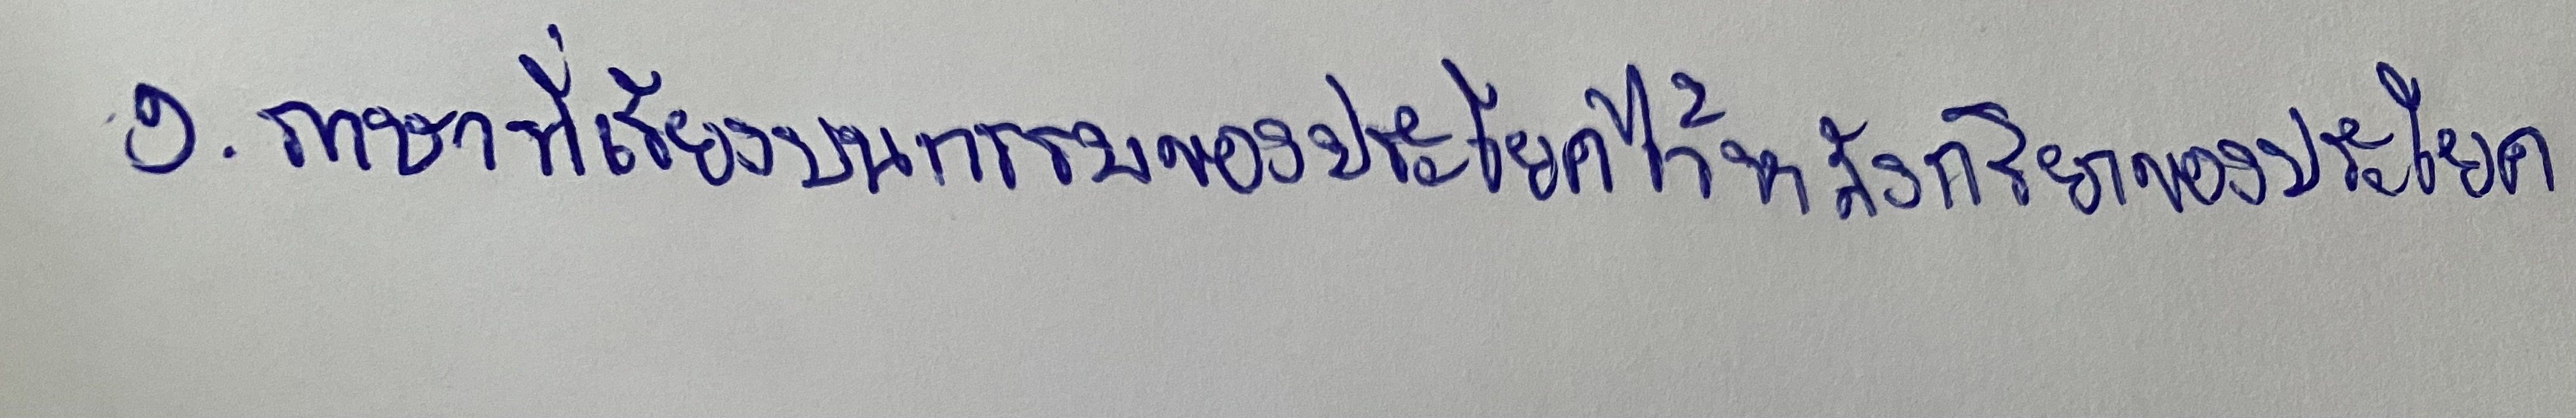
๑.ภาษาที่เรียงบทกรรมของประโยคไว้หลังบทกริยาของประโยค